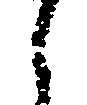
之